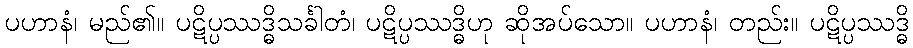
ပဟာနံ၊ မည်၏။ ပဋိပ္ပဿဒ္ဓိသင်္ခါတံ၊ ပဋိပ္ပဿဒ္ဓိဟု ဆိုအပ်သော။ ပဟာနံ၊ တည်း။ ပဋိပ္ပဿဒ္ဓိ